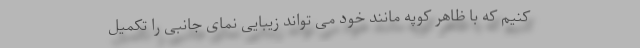
کنیم که با ظاهر کوپه مانند خود می تواند زیبایی نمای جانبی را تکمیل